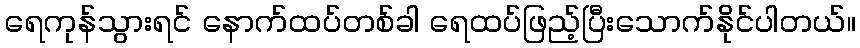
ရေကုန်သွားရင် နောက်ထပ်တစ်ခါ ရေထပ်ဖြည့်ပြီးသောက်နိုင်ပါတယ်။